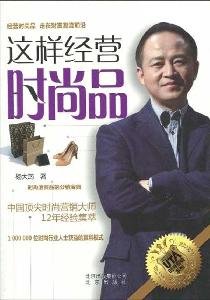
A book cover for so business fashion goods; YANG DA JUN; Business & Money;